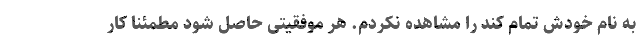
به نام خودش تمام کند را مشاهده نکردم. هر موفقیتی حاصل شود مطمئنا کار